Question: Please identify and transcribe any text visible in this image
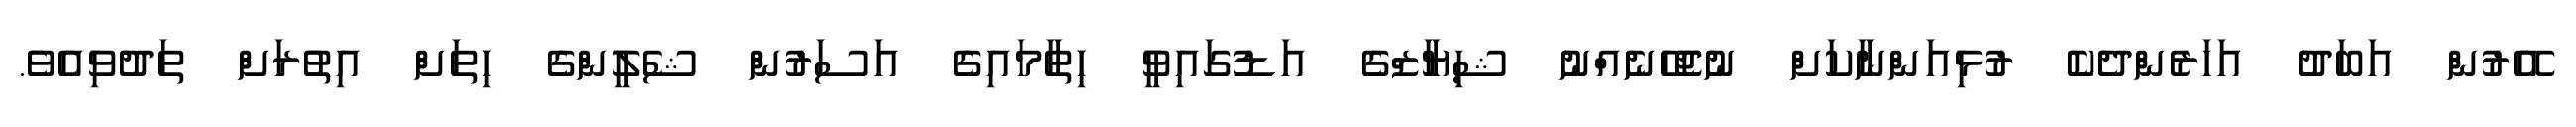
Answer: އޭރުން އަބަދު އަހަރެންދެކެ ރުޅިއަންނާކަށް ނުޖެހޭނެއްނު ޝިޔާޒްގެ އަޑުގައިވީ ހިތާމައިގެ އަސަރުން ޝެލީންގެ ހިތަށް އިތުރަށް ތަދުވިއެވެ.